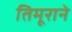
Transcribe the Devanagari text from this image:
तिमूराने